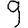
Digit: 9